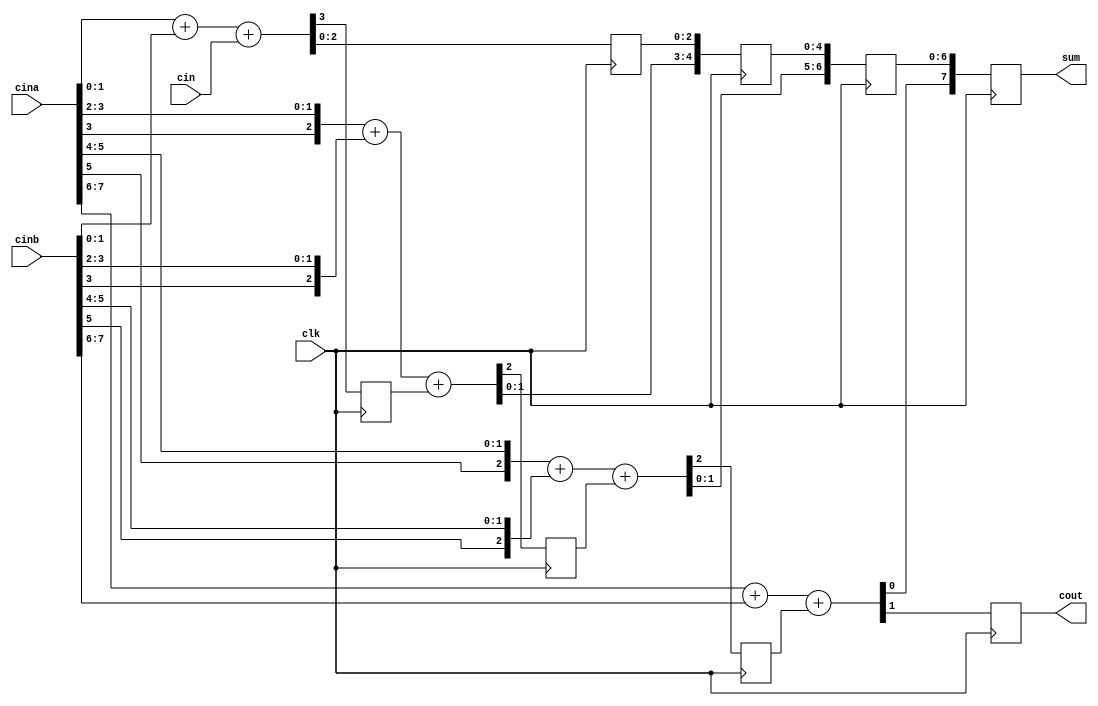
`timescale 1ns / 1ps
//////////////////////////////////////////////////////////////////////////////////
// Company: 
// Engineer: 
// 
// Design Name: 
// Module Name:    adder8_4 
// Project Name: 
// Target Devices: 
// Tool versions: 
// Description: 
//
// Dependencies: 
//
// Revision: 
// Revision 0.01 - File Created
// Additional Comments: 
//
//////////////////////////////////////////////////////////////////////////////////
module adder8_4(cout ,sum ,clk ,cina ,cinb ,cin);
input [7 :0]cina ,cinb;
input clk ,cin;
output [7 :0] sum;
output cout;
reg cout ;
reg cout1, cout2, cout3;
reg [2 :0]sum1;
reg [4:0] sum2;
reg [6:0] sum3;
reg [7 :0]sum;

always @(posedge clk) begin // 
{cout1 ,sum1} = cina [ 1 :0 ] + cinb [ 1 :0 ] + cin;
end

always @(posedge clk) begin  //,4 ;
{cout2 ,sum2} = {{cina[3],cina[3 :2 ]} + {cinb[3],cinb[3 :2 ]} + cout1 ,sum1};
end

always @(posedge clk) begin //,;
{cout3 , sum3} = {{cina[5],cina [ 5 : 4 ]} + {cinb[5],cinb [ 5 : 4 ]} + cout2 ,sum2};
end

always @(posedge clk) begin //2,8;
{cout ,sum} = {{cina[7],cina [7 :6 ]} + {cinb[7],cinb[7 :6 ]} + cout3 ,sum3};
end

endmodule